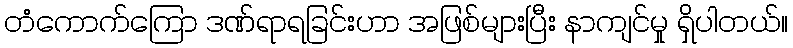
တံကောက်ကြော ဒဏ်ရာရခြင်းဟာ အဖြစ်များပြီး နာကျင်မှု ရှိပါတယ်။